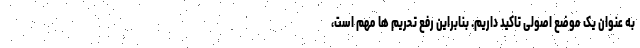
به عنوان یک موضع اصولی تاکید داریم. بنابراین رفع تحریم ها مهم است،